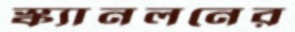
স্ক্যানলনের